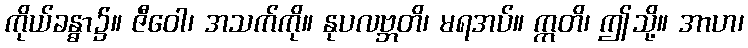
ကိုယ်ခန္ဓာ၌။ ဇီဝေါ၊ အသက်ကို။ နုပလဗ္ဘတိ၊ မရအပ်။ ဣတိ၊ ဤသို့။ အာဟ၊